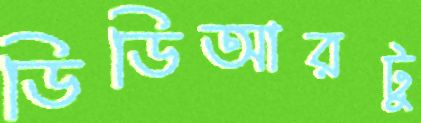
ডিডিআরটু